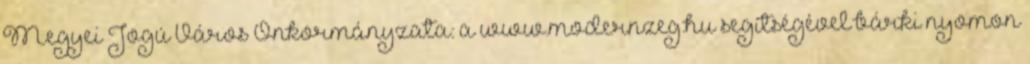
Megyei Jogú Város Önkormányzata: a www.modernzeg.hu segítségével bárki nyomon